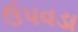
ઉપવડા